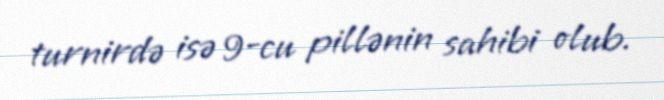
turnirdə isə 9-cu pillənin sahibi olub.